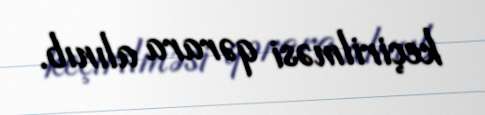
keçirilməsi qərara alınıb.